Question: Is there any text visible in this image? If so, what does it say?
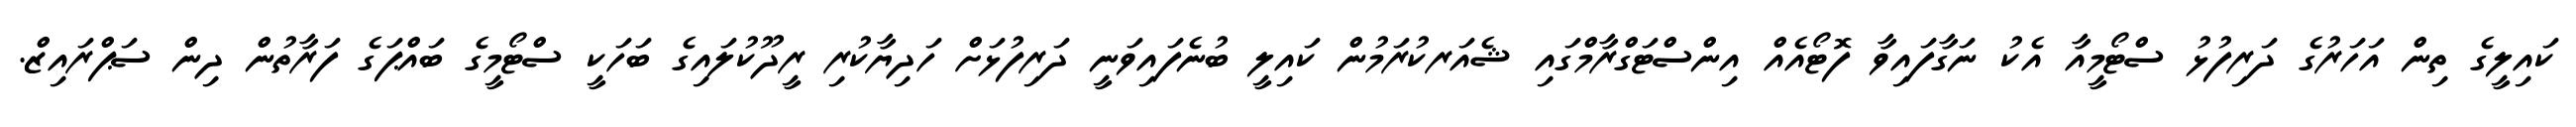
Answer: ކައިލީގެ ތިން އަހަރުގެ ދަރިފުޅު ސްޓޯމީއާ އެކު ނަގާފައިވާ ފޮޓޯއެއް އިންސްޓަގްރާމްގައި ޝެއަރކުރަމުން ކައިލީ ބުނެފައިވަނީ ދަރިފުޅަށް ހަދިޔާކުރި ރީދޫކުލައިގެ ބަހަކީ ސްޓޯމީގެ ބައްޕަގެ ފަރާތުން ދިން ސަޕްރައިޒް.